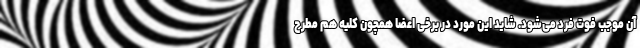
آن موجب فوت فرد می‌شود. شاید این مورد در برخی اعضا همچون کلیه هم مطرح